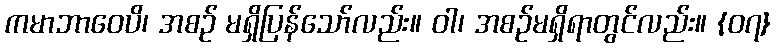
ကမာဘာဝေပိ၊ အစဉ် မရှိပြန်သော်လည်း။ ဝါ၊ အစဉ်မရှိရာတွင်လည်း။ {၀၇}